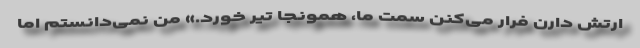
ارتش دارن فرار می‌کنن سمت ما، همونجا تیر خورد.» من نمی‌دانستم اما